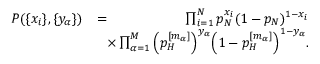
\begin{array} { r l r } { P ( \{ x _ { i } \} , \{ y _ { \alpha } \} ) } & { = } & { \prod _ { i = 1 } ^ { N } p _ { N } ^ { x _ { i } } ( 1 - p _ { N } ) ^ { 1 - x _ { i } } } \\ & { } & { \! \! \! \! \! \! \times \prod _ { \alpha = 1 } ^ { M } \Big ( p _ { H } ^ { [ m _ { \alpha } ] } \Big ) ^ { y _ { \alpha } } \Big ( 1 - p _ { H } ^ { [ m _ { \alpha } ] } \Big ) ^ { 1 - y _ { \alpha } } . } \end{array}